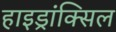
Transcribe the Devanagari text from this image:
हाइड्रांक्सिल